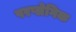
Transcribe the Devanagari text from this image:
परप्लेगिक